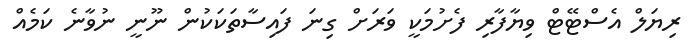
ރިޔަލް އެސްޓޭޓް ވިޔާފާރި ފެށުމަކީ ވަރަށް ގިނަ ފައިސާތަކަކުން ނޫނީ ނުވާނެ ކަމެއް